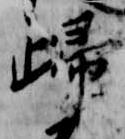
帰